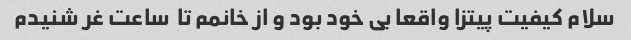
سلام کیفیت پیتزا واقعا بی خود بود و از خانمم تا  ساعت غر شنیدم